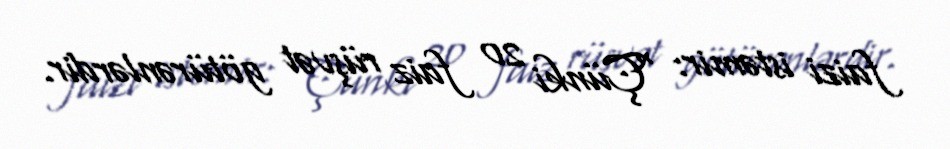
faizi istəmir: “Çünki 20 faiz rüşvət götürənlərdir.